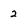
Character: 2